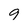
Character: 9